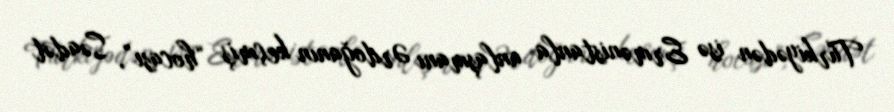
Türkiyədən isə Ermənistanla anlaşmanı Ərdoğanın keçmiş “hocası”, Səadət